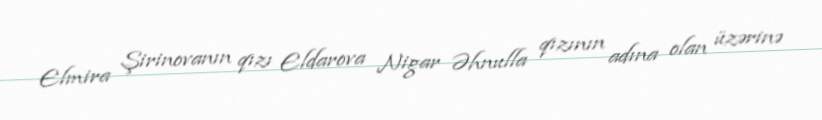
Elmira Şirinovanın qızı Eldarova Nigar Əhnulla qızının adına olan üzərinə